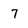
Character: 7